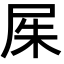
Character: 𡱖